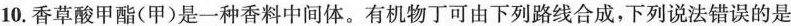
10. 香草酸甲酯( 甲 )是一种香料中间体。有机物可由下列路线合成，下列说法错误的是